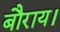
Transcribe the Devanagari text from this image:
बौराय।